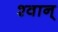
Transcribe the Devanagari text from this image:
श्वान्